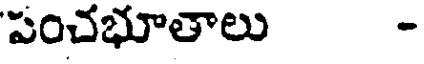
పంచభూతాలు -